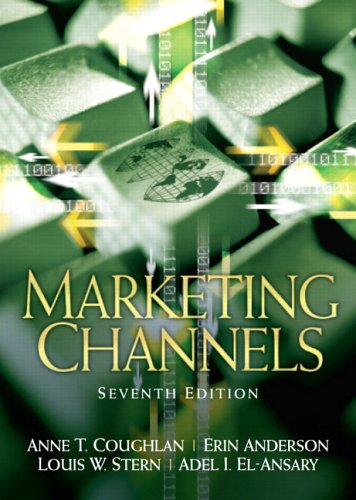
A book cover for Marketing Channels (7th Edition); Anne Coughlan; Business & Money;